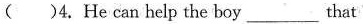
( )4. He can help the boy___that